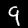
Digit: 9